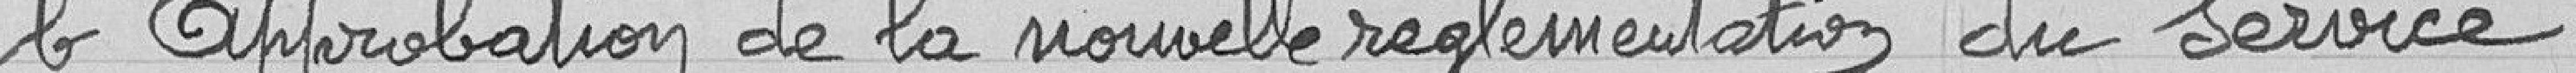
b- Approbation de la nouvelle réglementation du service